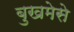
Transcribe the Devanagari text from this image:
बुखमेसे